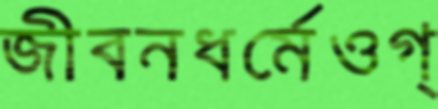
জীবনধর্মেওগ্